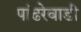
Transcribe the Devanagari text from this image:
पांढरेवाडी